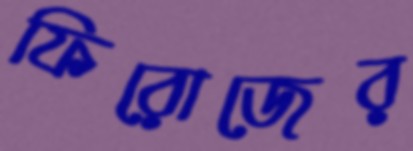
ফিরোজের